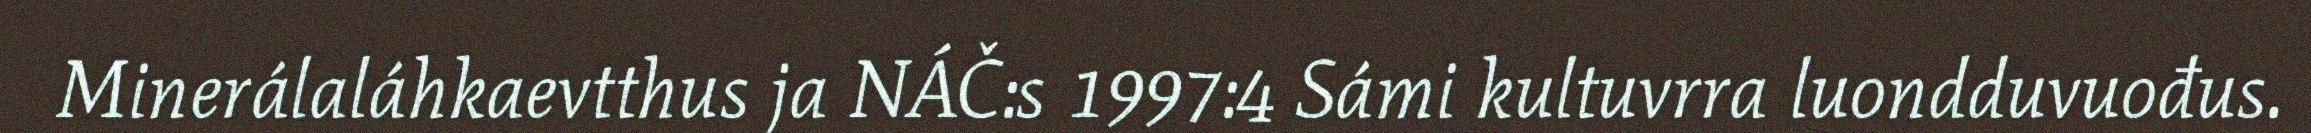
Minerálaláhkaevtthus ja NÁČ:s 1997:4 Sámi kultuvrra luondduvuođus.